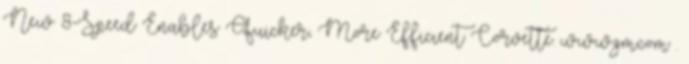
New 8-Speed Enables Quicker, More Efficient Corvette. www.gm.com .